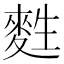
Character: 𪌜